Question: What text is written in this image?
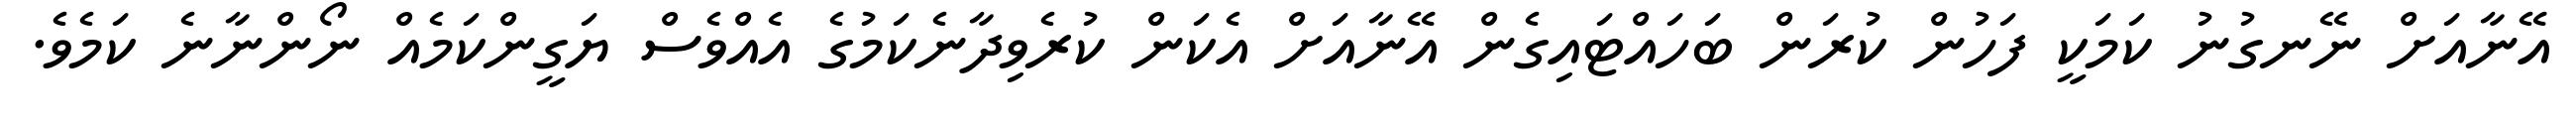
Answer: އޭނާއަށް ނޭނގުނު ކަމަކީ ފަހުން ކުރަން ބަހައްޓައިގެން އޭނާއަށް އެކަން ކުރެވިދާނެކަމުގެ އެއްވެސް ޔަގީންކަމެއް ނޯންނާނެ ކަމެވެ.